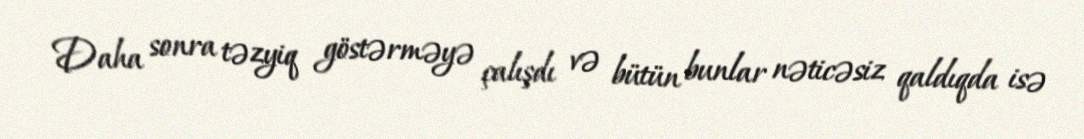
Daha sonra təzyiq göstərməyə çalışdı və bütün bunlar nəticəsiz qaldıqda isə